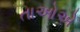
તાઓએ